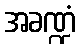
အခဏ္ဍံ